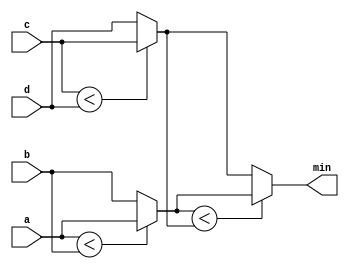
/* 
    https://hdlbits.01xz.net/wiki/Conditional
*/

/* 
    Verilog has a ternary conditional operator ( ? : ) much like C:
    (condition ? if_true : if_false)
    This can be used to choose one of two values based on condition (a mux!) on one line, without using an if-then inside a combinational always block.
    Examples:

    (0 ? 3 : 5)     // This is 5 because the condition is false.
    (sel ? b : a)   // A 2-to-1 multiplexer between a and b selected by sel.

    always @(posedge clk)         // A T-flip-flop.
    q <= toggle ? ~q : q;

    always @(*)                   // State transition logic for a one-input FSM
    case (state)
        A: next = w ? B : A;
        B: next = w ? A : B;
    endcase

    assign out = ena ? q : 1'bz;  // A tri-state buffer

    ((sel[1:0] == 2'h0) ? a :     // A 3-to-1 mux
    (sel[1:0] == 2'h1) ? b :
                        c )
*/

module top_module (
    input [7:0] a, b, c, d,
    output [7:0] min);//

    // assign intermediate_result1 = compare? true: false;
    wire [7:0] result_1, result_2;

    assign result_1 = a < b ? a : b;
    assign result_2 = c < d ? c : d;
    assign min = result_1 < result_2 ? result_1 : result_2;

    /* solution2 */
    // wire [7:0] min_mid, min_mid1, min_mid2;
    // assign min_mid = (a < b) ? a : b;
    // assign min_mid1 = (c < min_mid) ? c : min_mid;
    // assign min_mid2 = (d < min_mid1) ? d : min_mid1;
    // assign min = min_mid2;

endmodule